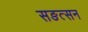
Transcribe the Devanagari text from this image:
सङत्सन